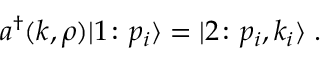
a ^ { \dagger } ( k , \rho ) \vert 1 \colon p _ { i } \rangle = \vert 2 \colon p _ { i } , k _ { i } \rangle \; .